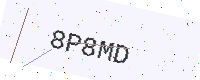
Text: 8P8MD